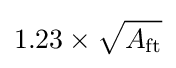
1.23\times {\sqrt {A_{\textrm {ft}}}}